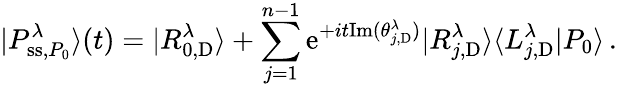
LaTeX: |P_{\mathrm{ss},P_{0}}^{\lambda}\rangle(t)=|R_{0,\mathrm{D}}^{\lambda}\rangle+\sum_{j=1}^{n-1}\mathrm{e}^{+it\mathrm{Im}(\theta_{j,\mathrm{D}}^{\lambda})}|R_{j,\mathrm{D}}^{\lambda}\rangle\langle L_{j,\mathrm{D}}^{\lambda}|P_{0}\rangle\, .